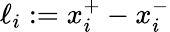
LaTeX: \ell_{i}:=x_{i}^{+}-x_{i}^{-}